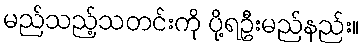
မည်သည့်သတင်းကို ပို့ရဦးမည်နည်း။